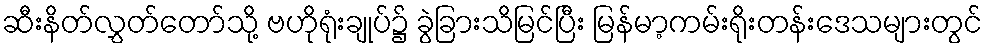
ဆီးနိတ်လွှတ်တော်သို့ ဗဟိုရုံးချုပ်၌ ခွဲခြားသိမြင်ပြီး မြန်မာ့ကမ်းရိုးတန်းဒေသများတွင်